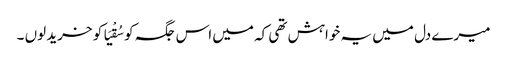
میرے دل میں یہ خواہش تھی کہ میں اس جگہ کو سُقْیَا کو خرید لوں ۔